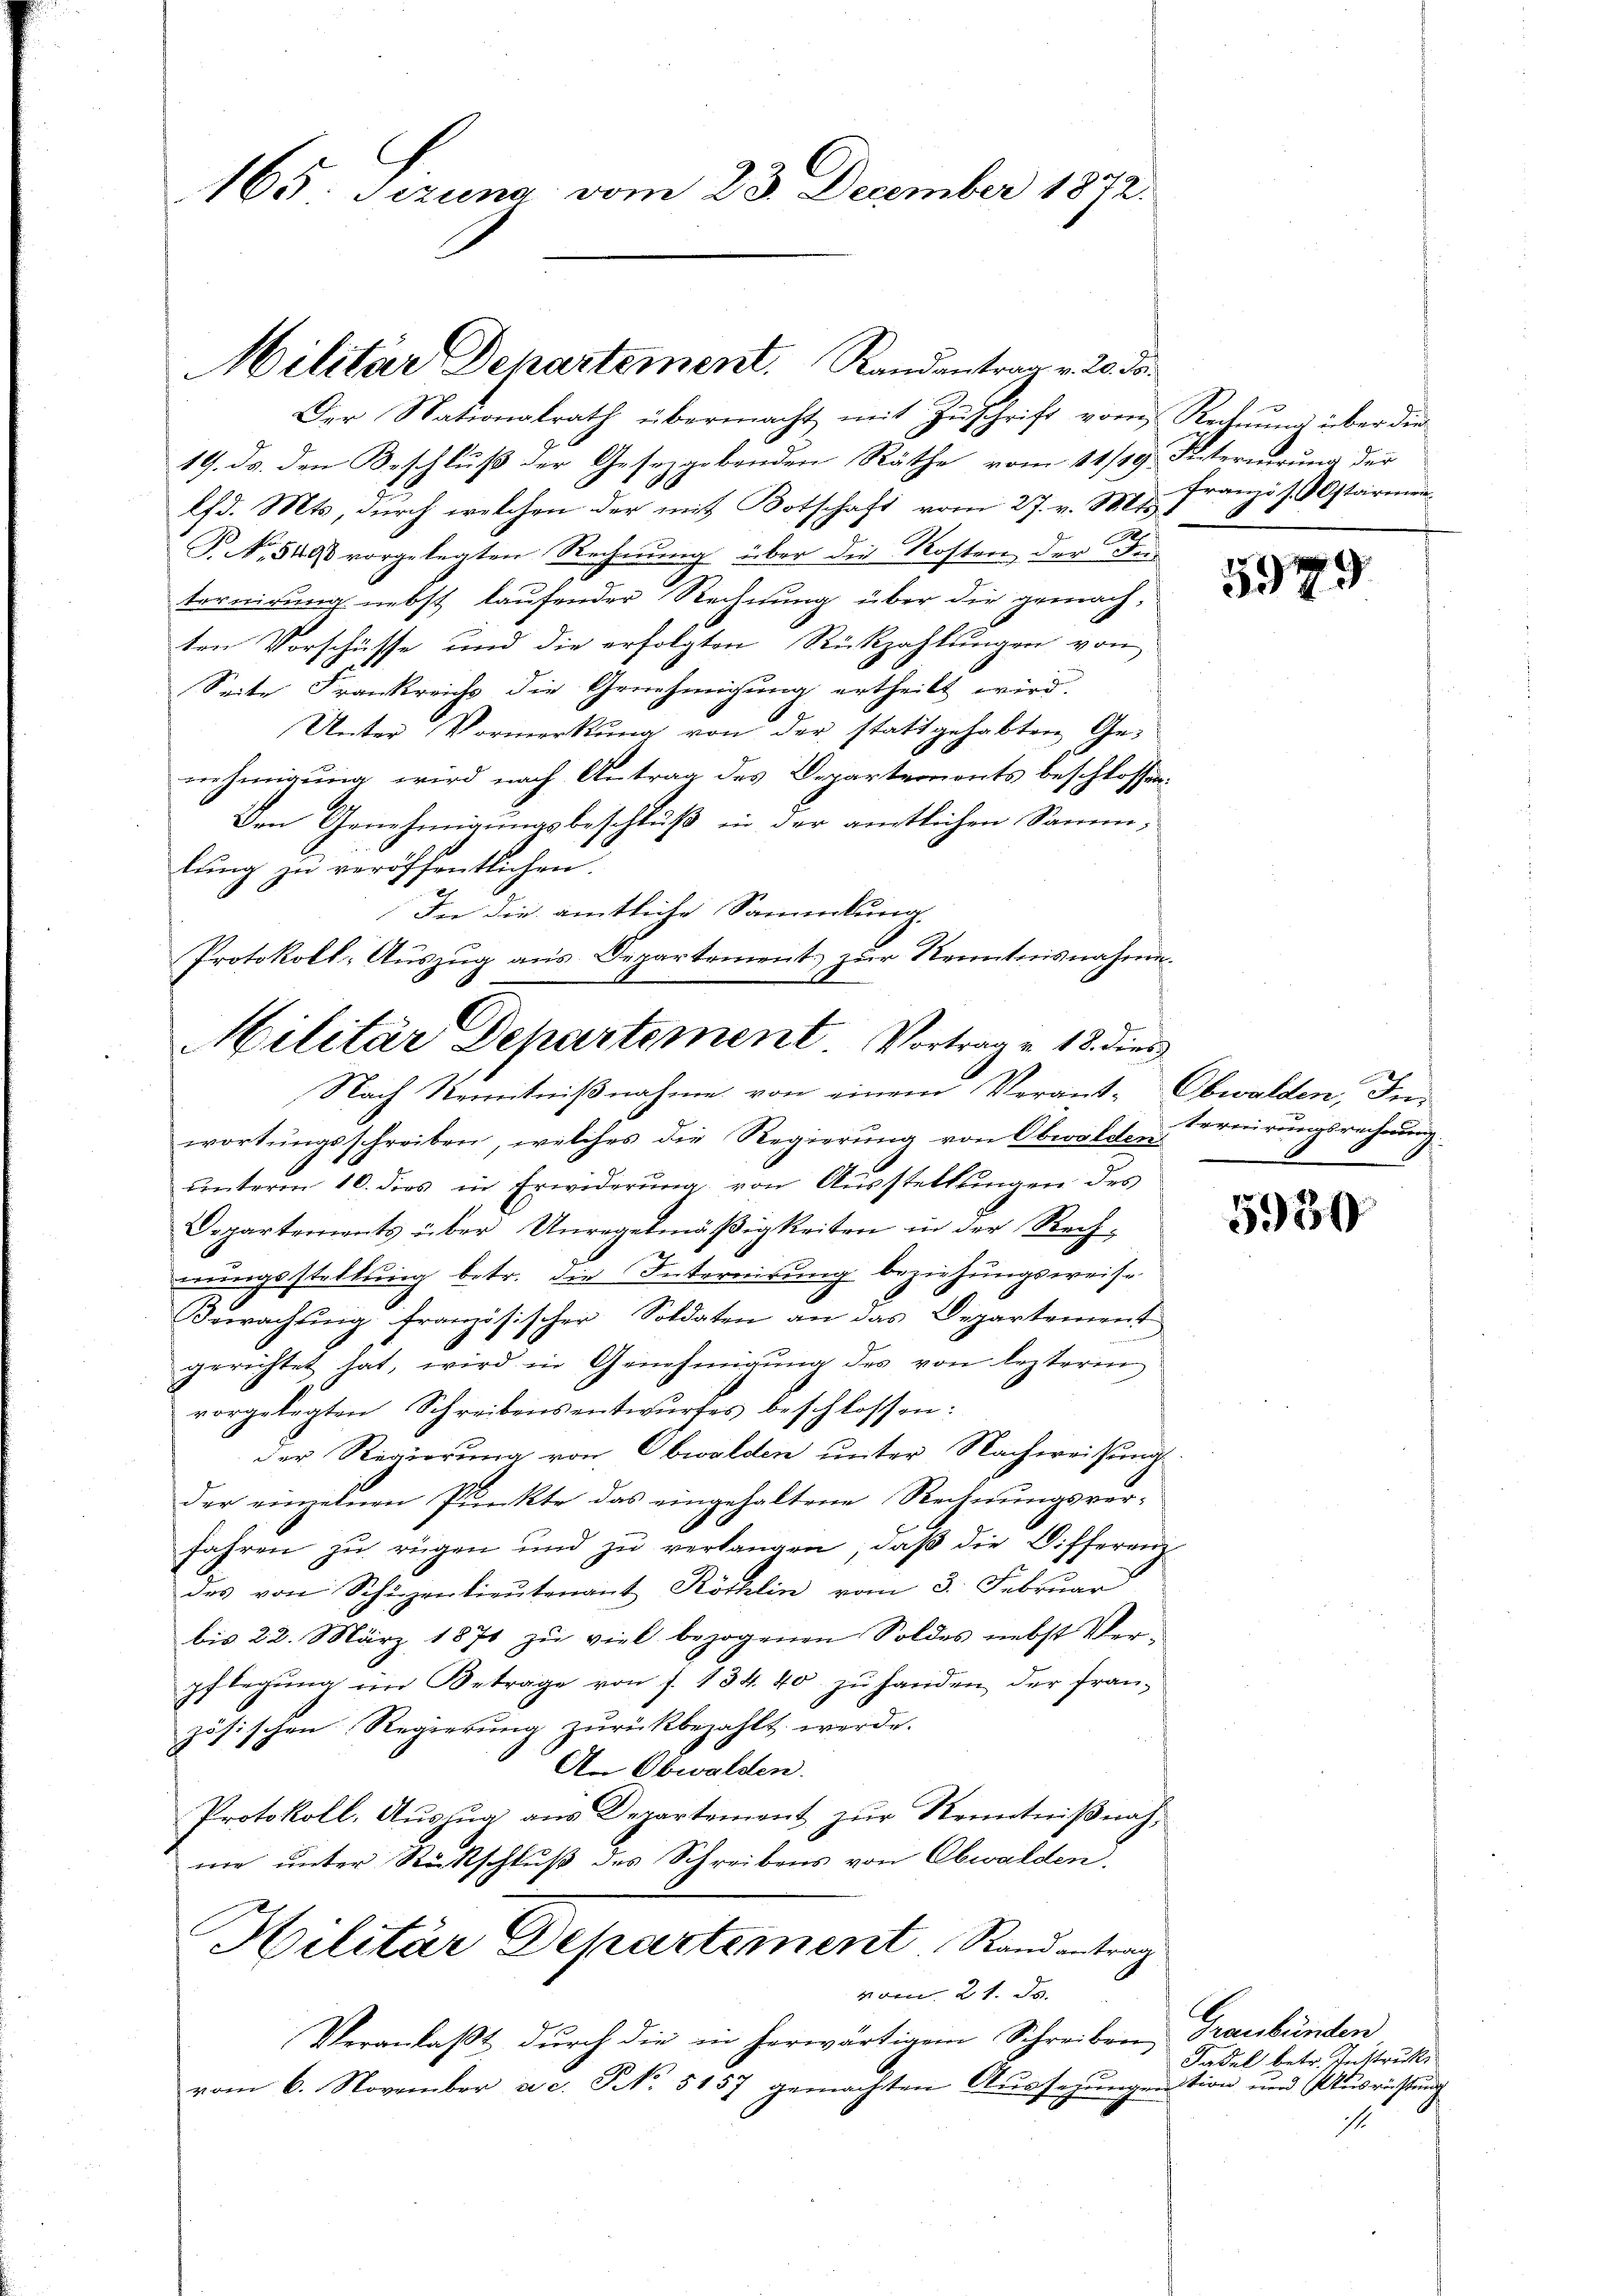
165. Jezung vom 23. December 1872.

Militär Departement. Randentrag v. 20. ds.

Der Nationalrath übermacht mit Zuschrift vom Rechnung über die
19. ds. den Beschluß der Gesetzgebenden Räthe vom 14/89. Interierung der
lfd. Mts, durch welchen der mit Botschaft vom 27. v. Mts.,
T. No. 549 vorgelegten Rechnung über die Kosten der Fiternirung nebst laufender Rechnung über die gemachten Vorschüsse und die erfolgten Rückzahlungen von
Seite Frankreichs die Genehmigung ertheilt wird.
Unter Vormerkung von der stattgehabten Genehmigung wird nach Antrag des Departements beschlossen:
Den Genehmigungsbeschluß in der amtlichen Samm-
lung zu veröffentlichen.
In die amtliche Sammlung
Protokoll, Auszug aus Departement zur Kenntnisnahme¬

Militär Departement Vortrag v. 18. dies
Nach Kenntniβnahme von einem Verant- Obwalden, In¬

Französ. starmene

wortŭngsschreiben, welches die Regierŭng von Oberolden.
ŭnterm 10. dies in Erwiderŭng von Aŭsstellŭngen des
Departements über Unregelmäβigkeiten in der Rech-
nungsstellung betr. die Internirung beziehungsweis-
Bewachung französischer Soldaten an das Departement
gerichtet hat, wird in Genehmigŭng des von lezteren
vorgelegten Schreibensentwurfes beschlossen:
der Regierung von Obwalden unter Nachweisung
der einzelnen Punkte das eingehaltene Rechnungsvor¬
8
Jahren zu rügen und zu verlangen, daß die Differenz
des von Schüzenlieŭtenant Köchlin vom 3. Februar
bis 22. März 1871 zu viel bezogenen Soldes nebst Ver-
pflegung im Betrage von f. 134. 40 zu handen der fran-
zösischen Regierŭng zŭrückbezahlt werde.
An Obwalden.
Protokoll, Auszug aus Departement zur Kenntnißnahne unter Rückschluß des Schreibens von Obwalden,
Hilitär Departement Stand antrag
vom 21. Js.
Veranlaβt dŭrch die in herwärtigem Schreiben, Graubünden
vom 6. November a. c. S. 5157 gemachten Aŭssehŭngention und Aŭsrichtŭng

5979

ternirungsrechnung

5950

Tadel betr. Instruk
1